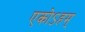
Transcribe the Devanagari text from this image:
एकोऽहम्